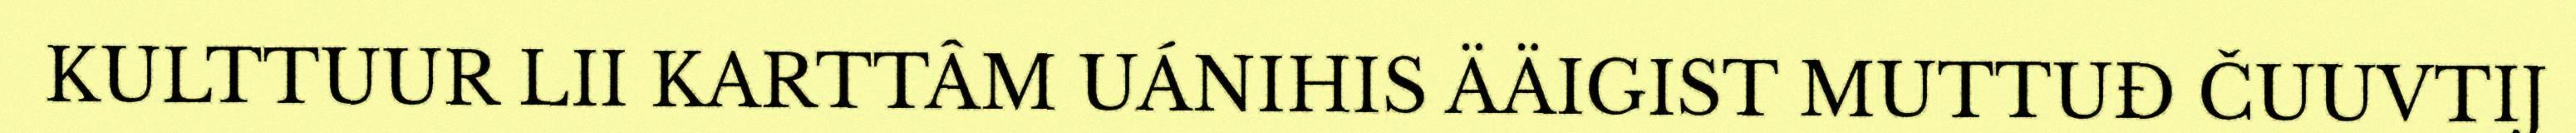
KULTTUUR LII KARTTÂM UÁNIHIS ÄÄIGIST MUTTUĐ ČUUVTIJ